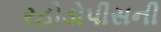
રહોડોપીસની